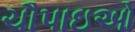
ચૌપાઇઓ